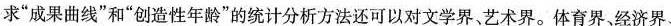
求”成果曲线”和”创造性年龄”的统计分析方法还可以对文学界、艺术界。体育界、经济界、